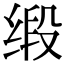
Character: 缎